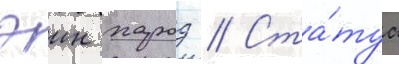
эин харод // Ста́туа